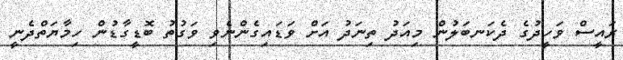
ރައީސް ވަހީދުގެ ދެކަނބަލުން މިއަދު ތިނަދު އަށް ވަޑައިގެންނެވި ވަގުތު ބޮޑީގާޑުން ހިމާޔަތްދެނީ